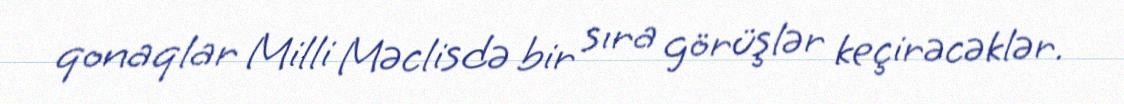
qonaqlar Milli Məclisdə bir sıra görüşlər keçirəcəklər.